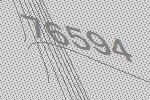
76594